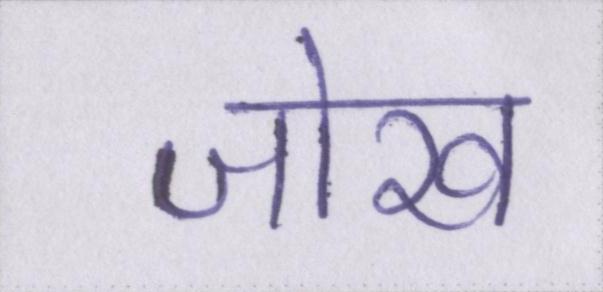
जोख